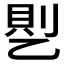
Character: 𰁊